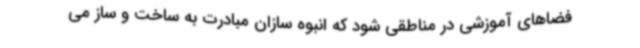
فضاهای آموزشی در مناطقی شود که انبوه سازان مبادرت به ساخت و ساز می